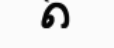
ត